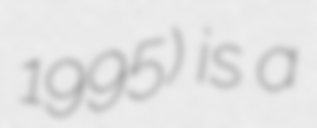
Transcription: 1995) is a